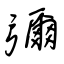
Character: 彌